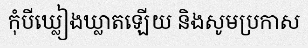
កុំបីឃ្លៀងឃ្លាតឡើយ និងសូមប្រកាស